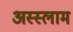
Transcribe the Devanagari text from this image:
अस्‍स्‍लाम